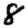
Digit: 8